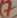
Text: 7